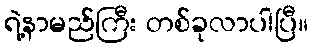
ရဲ့နာမည်ကြီး တစ်ခုလာပါပြီ။